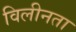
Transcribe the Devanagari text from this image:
विलीनता